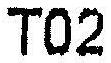
T02